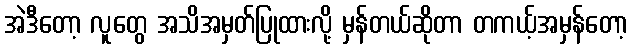
အဲဒီတော့ လူတွေ အသိအမှတ်ပြုထားလို့ မှန်တယ်ဆိုတာ တကယ့်အမှန်တော့